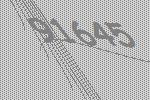
91645